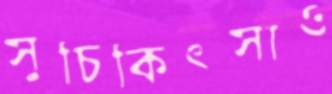
সুচিকিৎসাও